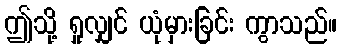
ဤသို့ ရှုလျှင် ယုံမှားခြင်း ကွာသည်။